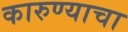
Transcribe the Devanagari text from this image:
कारुण्याचा